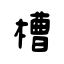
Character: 槽